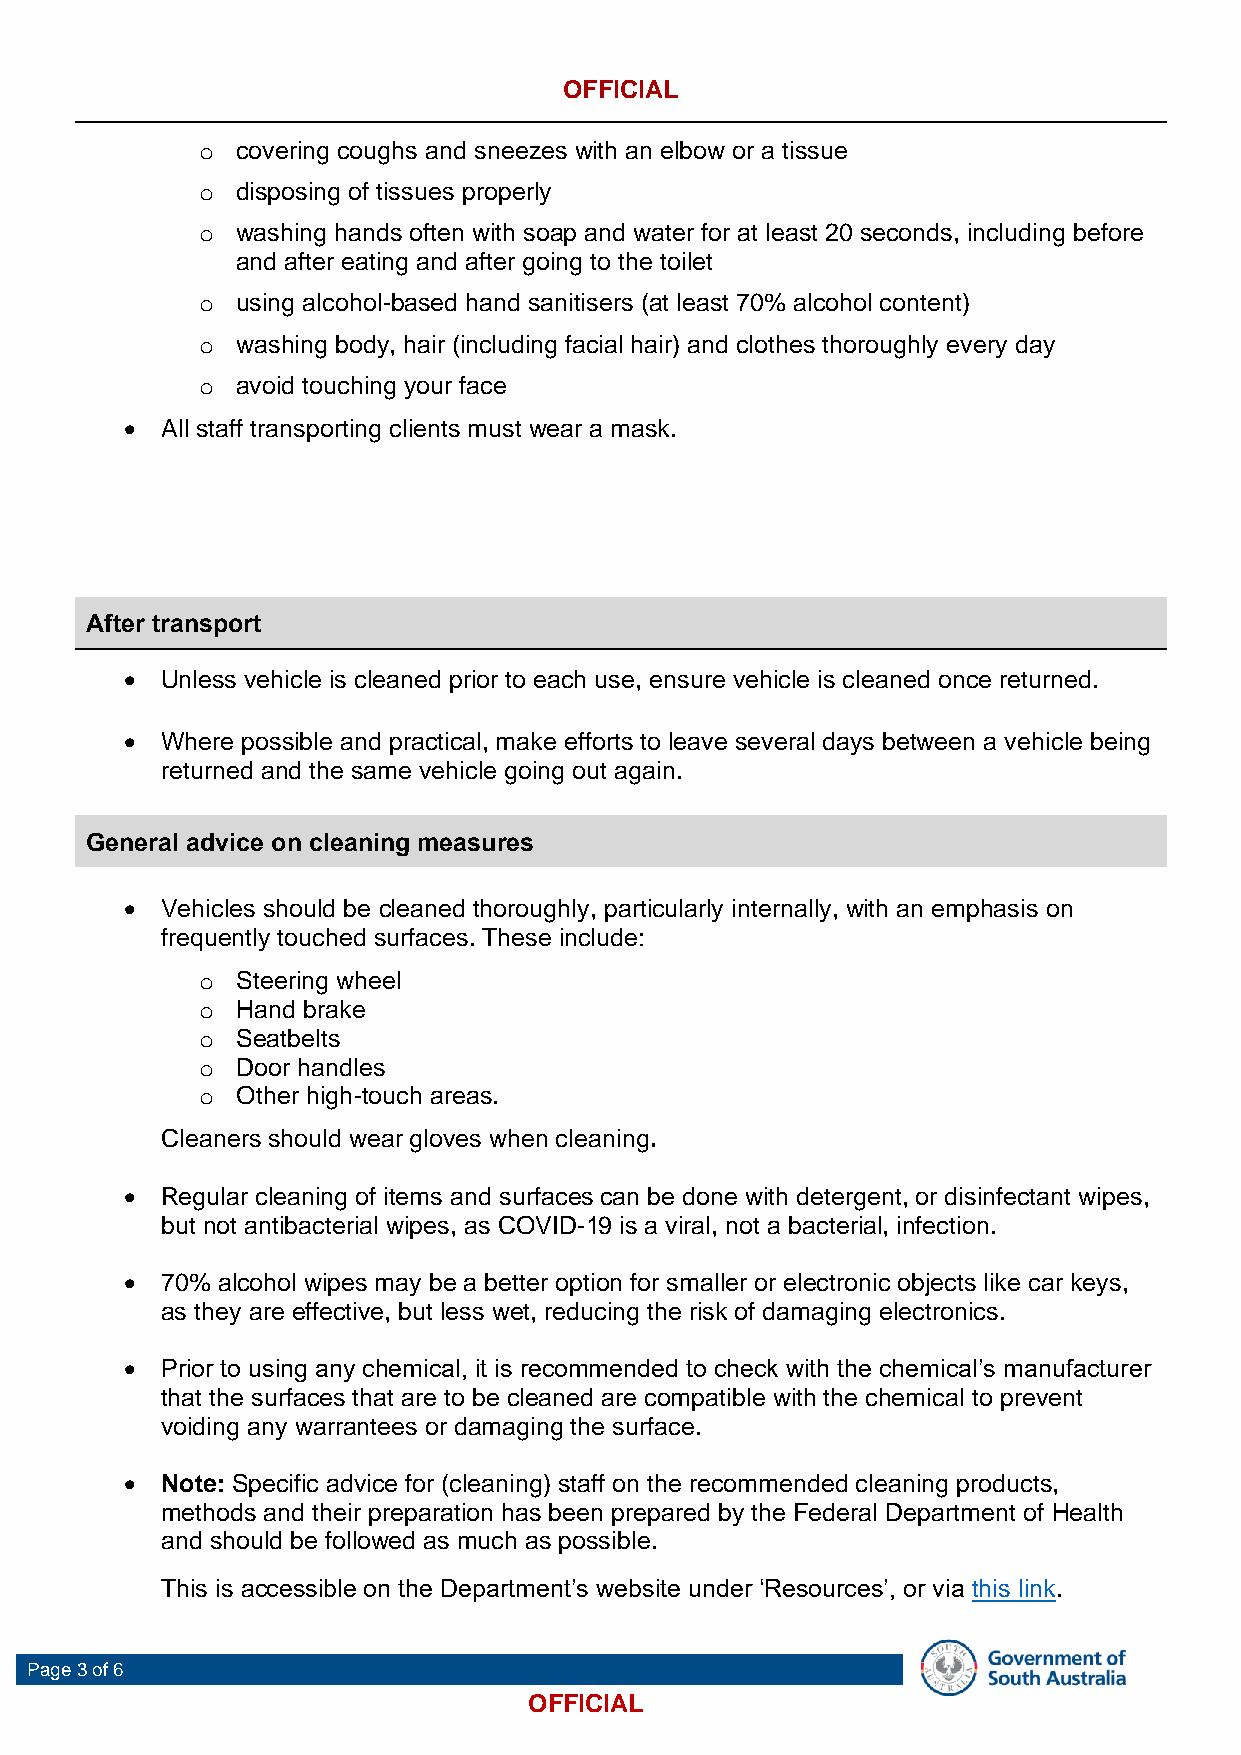
OFFICIAL
 o  covering coughs and sneezes with an elbow or a tissue
 o  disposing of tissues properly
 o  washing hands often with soap and water for at least 20 seconds, including before
 and after eating and after going to the toilet
 o  using alcohol-based hand sanitisers (at least 70% alcohol content)
 o  washing body, hair (including facial hair) and clothes thoroughly every day
 o  avoid touching your face
 •  All staff transporting clients must wear a mask.
 After transport
 •  Unless vehicle is cleaned prior to each use, ensure vehicle is cleaned once returned.
 •  Where possible and practical, make efforts to leave several days between a vehicle being
 returned and the same vehicle going out again.
 General advice on cleaning measures
 •  Vehicles should be cleaned thoroughly, particularly internally, with an emphasis on
 frequently touched surfaces. These include:
 o  Steering wheel
 o  Hand brake
 o  Seatbelts
 o  Door handles
 o  Other high-touch areas.
 Cleaners should wear gloves when cleaning.
 •  Regular cleaning of items and surfaces can be done with detergent, or disinfectant wipes,
 but not antibacterial wipes, as COVID-19 is a viral, not a bacterial, infection.
 •  70% alcohol wipes may be a better option for smaller or electronic objects like car keys,
 as they are effective, but less wet, reducing the risk of damaging electronics.
 •  Prior to using any chemical, it is recommended to check with the chemical’s manufacturer
 that the surfaces that are to be cleaned are compatible with the chemical to prevent
 voiding any warrantees or damaging the surface.
 •  Note: Specific advice for (cleaning) staff on the recommended cleaning products,
 methods and their preparation has been prepared by the Federal Department of Health
 and should be followed as much as possible.
 This is accessible on the Department’s website under ‘Resources’, or via this link.
 Page 3 of 6
 OFFICIAL